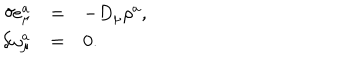
\begin{array} { r c l } { { \delta e _ { \mu } ^ { a } } } & { { = } } & { { - D _ { \mu } \rho ^ { a } , } } \\ { { \delta \omega _ { \mu } ^ { a } } } & { { = } } & { { 0 . } } \\ \end{array}